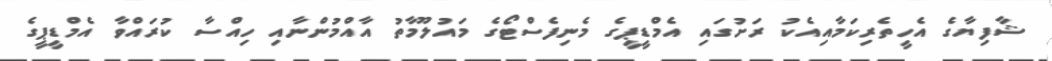
ޝާފިޔާގެ އެހީތެރިކަމާއިއެކު ރަށުގައި އެމްޑީޕީގެ މެނިފެސްޓޯގެ މައުލޫމާތު އާއްމުންނާއި ހިއްސާ ކުރައްވާ އެމްޑީޕީގެ